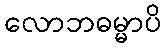
လောဘဓမ္မာပိ